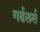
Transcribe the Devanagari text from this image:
गर्डलर्स